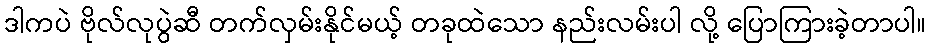
ဒါကပဲ ဗိုလ်လုပွဲဆီ တက်လှမ်းနိုင်မယ့် တခုထဲသော နည်းလမ်းပါ လို့ ပြောကြားခဲ့တာပါ။